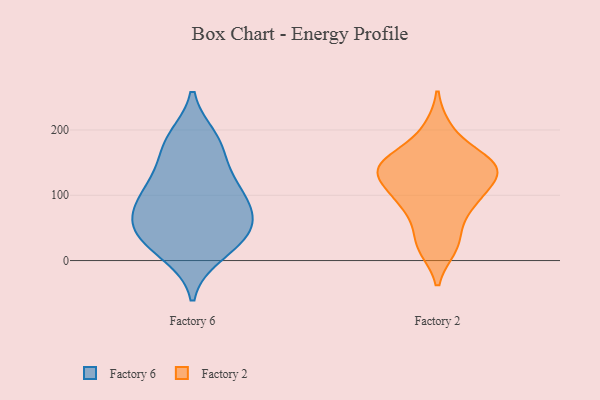
{"axis": {"x": "Operating Costs (USD K)", "y": "Value"}, "legend": ["Factory 2", "Factory 6"], "data": [{"x": "", "y": 173, "type": "Factory 6"}, {"x": "", "y": 110, "type": "Factory 6"}, {"x": "", "y": 94, "type": "Factory 6"}, {"x": "", "y": 63, "type": "Factory 6"}, {"x": "", "y": 127, "type": "Factory 6"}, {"x": "", "y": 10, "type": "Factory 6"}, {"x": "", "y": 180, "type": "Factory 6"}, {"x": "", "y": 63, "type": "Factory 6"}, {"x": "", "y": 58, "type": "Factory 6"}, {"x": "", "y": 187, "type": "Factory 6"}, {"x": "", "y": 78, "type": "Factory 6"}, {"x": "", "y": 34, "type": "Factory 6"}, {"x": "", "y": 38, "type": "Factory 6"}, {"x": "", "y": 116, "type": "Factory 6"}, {"x": "", "y": 21, "type": "Factory 6"}, {"x": "", "y": 77, "type": "Factory 2"}, {"x": "", "y": 200, "type": "Factory 2"}, {"x": "", "y": 95, "type": "Factory 2"}, {"x": "", "y": 134, "type": "Factory 2"}, {"x": "", "y": 153, "type": "Factory 2"}, {"x": "", "y": 143, "type": "Factory 2"}, {"x": "", "y": 94, "type": "Factory 2"}, {"x": "", "y": 21, "type": "Factory 2"}, {"x": "", "y": 143, "type": "Factory 2"}, {"x": "", "y": 151, "type": "Factory 2"}, {"x": "", "y": 126, "type": "Factory 2"}, {"x": "", "y": 29, "type": "Factory 2"}]}